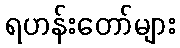
ရဟန်းတော်များ